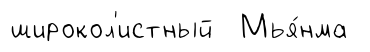
широкол'истный Мья́нма